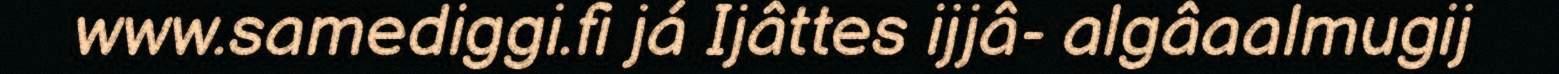
www.samediggi.fi já Ijâttes ijjâ- algâaalmugij